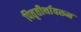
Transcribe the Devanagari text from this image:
पितृतीर्थावरून